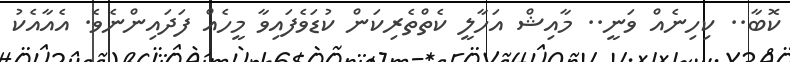
ކޮބާ.. ކިހިނެއް ވަނީ.. މާއިޝް އަހާލީ ކެތްތެރިކަން ކުޑަވެފައިވާ މީހެއް ފަދައިންނެވެ. އެއާއެކު